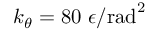
k _ { \theta } = 8 0 ~ \epsilon / \mathrm { r a d } ^ { 2 }